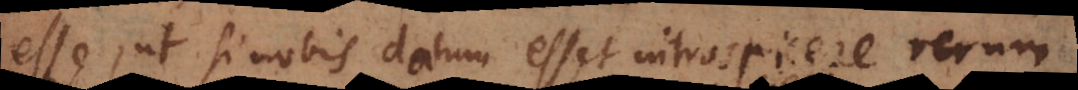
esse, ut si nobis datum esset introspicere rerum